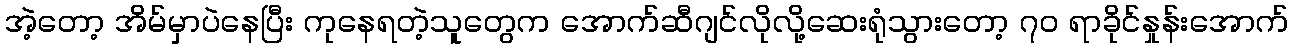
အဲ့တော့ အိမ်မှာပဲနေပြီး ကုနေရတဲ့သူတွေက အောက်ဆီဂျင်လိုလို့ဆေးရုံသွားတော့ ၇၀ ရာခိုင်နှုန်းအောက်